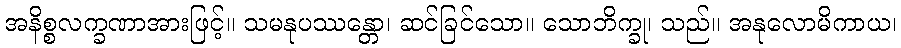
အနိစ္စလက္ခဏာအားဖြင့်။ သမနုပဿန္တော၊ ဆင်ခြင်သော။ သောဘိက္ခု၊ သည်။ အနုလောမိကာယ၊